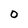
Character: 0